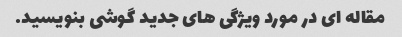
مقاله ای در مورد ویژگی های جدید گوشی بنویسید.